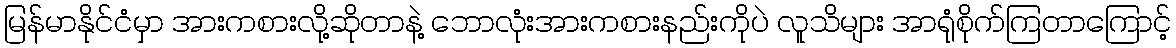
မြန်မာနိုင်ငံမှာ အားကစားလို့ဆိုတာနဲ့ ဘောလုံးအားကစားနည်းကိုပဲ လူသိများ အာရုံစိုက်ကြတာကြောင့်